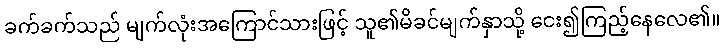
ခက်ခက်သည် မျက်လုံးအကြောင်သားဖြင့် သူ၏မိခင်မျက်နှာသို့ ငေး၍ကြည့်နေလေ၏။